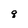
Character: q